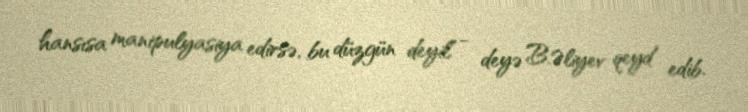
hansısa manipulyasiya edirsə, bu düzgün deyil” - deyə B.Əliyev qeyd edib.